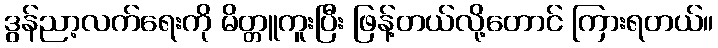
ဒွန်ညာ့လက်ရေးကို မိတ္တူကူးပြီး ဖြန့်တယ်လို့တောင် ကြားရတယ်။